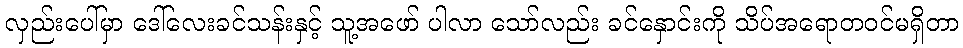
လှည်းပေါ်မှာ ဒေါ်လေးခင်သန်းနှင့် သူ့အဖော် ပါလာ သော်လည်း ခင်နှောင်းကို သိပ်အရောတဝင်မရှိတာ